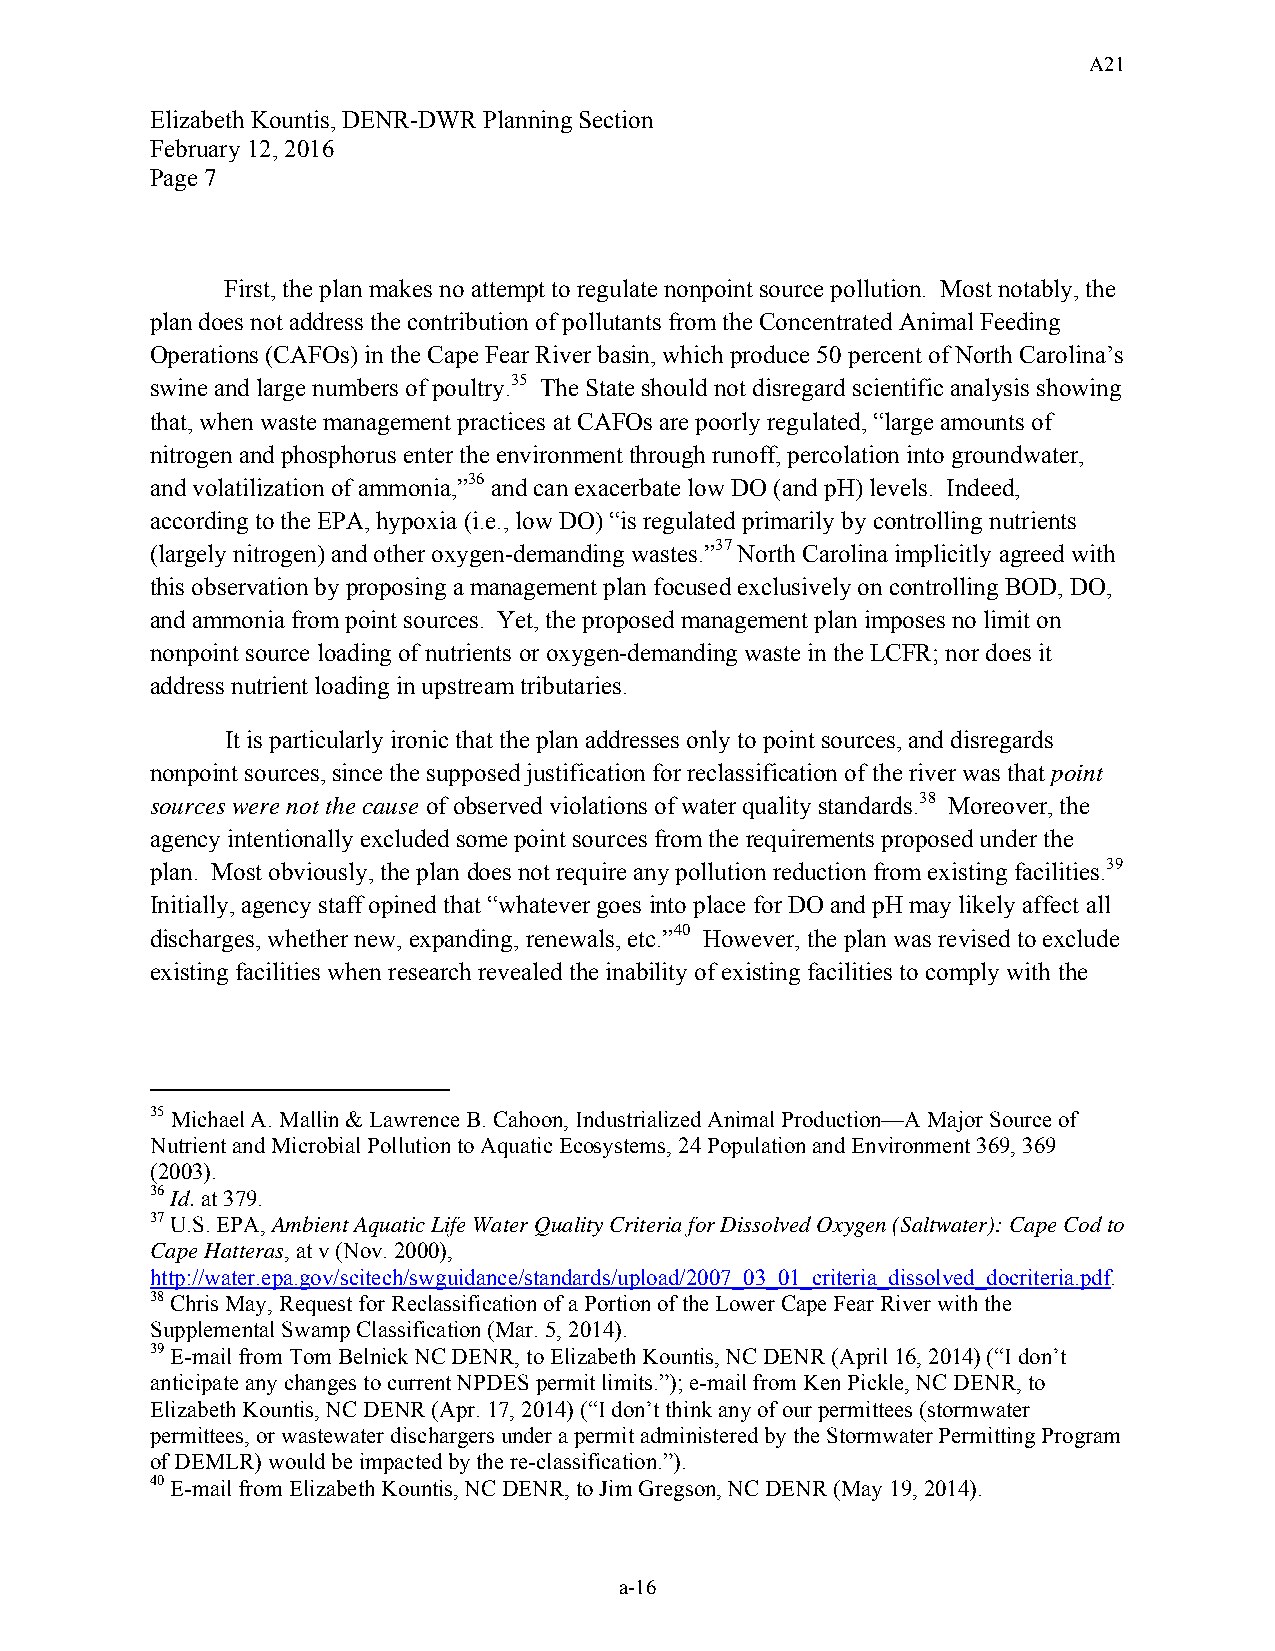
A21
 Elizabeth Kountis, DENR-DWR Planning Section
 February 12, 2016
 Page 7
 First, the plan makes no attempt to regulate nonpoint source pollution. Most notably, the
 plan does not address the contribution of pollutants from the Concentrated Animal Feeding
 Operations (CAFOs) in the Cape Fear River basin, which produce 50 percent of North Carolina’s
 swine and large numbers of poultry.35 The State should not disregard scientific analysis showing
 that, when waste management practices at CAFOs are poorly regulated, “large amounts of
 nitrogen and phosphorus enter the environment through runoff, percolation into groundwater,
 and volatilization of ammonia,”36 and can exacerbate low DO (and pH) levels. Indeed,
 according to the EPA, hypoxia (i.e., low DO) “is regulated primarily by controlling nutrients
 (largely nitrogen) and other oxygen-demanding wastes.”37 North Carolina implicitly agreed with
 this observation by proposing a management plan focused exclusively on controlling BOD, DO,
 and ammonia from point sources. Yet, the proposed management plan imposes no limit on
 nonpoint source loading of nutrients or oxygen-demanding waste in the LCFR; nor does it
 address nutrient loading in upstream tributaries.
 It is particularly ironic that the plan addresses only to point sources, and disregards
 nonpoint sources, since the supposed justification for reclassification of the river was that point
 sources were not the cause of observed violations of water quality standards.38 Moreover, the
 agency intentionally excluded some point sources from the requirements proposed under the
 plan. Most obviously, the plan does not require any pollution reduction from existing facilities.39
 Initially, agency staff opined that “whatever goes into place for DO and pH may likely affect all
 discharges, whether new, expanding, renewals, etc.”40 However, the plan was revised to exclude
 existing facilities when research revealed the inability of existing facilities to comply with the
 35 Michael A. Mallin & Lawrence B. Cahoon, Industrialized Animal Production—A Major Source of
 Nutrient and Microbial Pollution to Aquatic Ecosystems, 24 Population and Environment 369, 369
 (2003).
 36 Id. at 379.
 37 U.S. EPA, Ambient Aquatic Life Water Quality Criteria for Dissolved Oxygen (Saltwater): Cape Cod to
 Cape Hatteras, at v (Nov. 2000),
 http://water.epa.gov/scitech/swguidance/standards/upload/2007_03_01_criteria_dissolved_docriteria.pdf.
 38 Chris May, Request for Reclassification of a Portion of the Lower Cape Fear River with the
 Supplemental Swamp Classification (Mar. 5, 2014).
 39 E-mail from Tom Belnick NC DENR, to Elizabeth Kountis, NC DENR (April 16, 2014) (“I don’t
 anticipate any changes to current NPDES permit limits.”); e-mail from Ken Pickle, NC DENR, to
 Elizabeth Kountis, NC DENR (Apr. 17, 2014) (“I don’t think any of our permittees (stormwater
 permittees, or wastewater dischargers under a permit administered by the Stormwater Permitting Program
 of DEMLR) would be impacted by the re-classification.”).
 40 E-mail from Elizabeth Kountis, NC DENR, to Jim Gregson, NC DENR (May 19, 2014).
 a-16